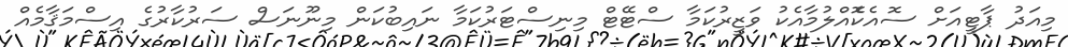
މިއަދު ޕާޓީއަށް ސޮއެކޮެއްލުމާއެކު ވަޒީރުކަމާ ސްޓޭޓް މިނިސްޓަރުކަމާ ނައިބުކަން މިނޫނަސް ސަރުކާރުގެ އިސްމަޤާމެއް